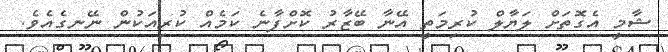
ޝާމީ އެގޮތަށް ލަޔާލް ކުރިމަތީ އޭނާ ބޭޒާރު ކޮށްފާނެ ކަމެއް ކުރިއަކުން ނޭނގެއެވެ.